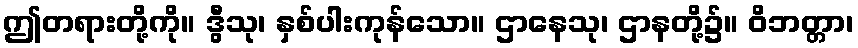
ဤတရားတို့ကို။ ဒွီသု၊ နှစ်ပါးကုန်သော။ ဌာနေသု၊ ဌာနတို့၌။ ဝိဘတ္တာ၊